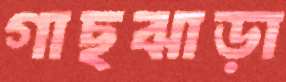
গাছঝাড়া